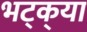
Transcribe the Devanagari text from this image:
भट्‌क्‌या